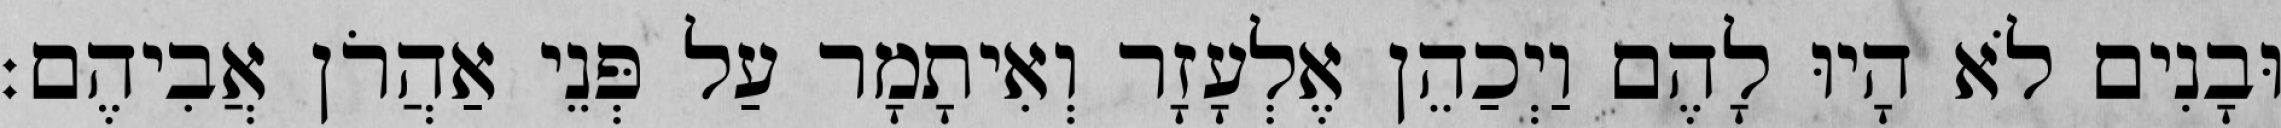
וּבָנִים לֹא הָיוּ לָהֶם וַיְכַהֵן אֶלְעָזָר וְאִיתָמָר עַל פְּנֵי אַהֲרֹן אֲבִיהֶם׃